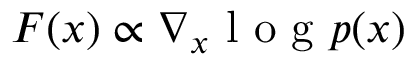
F ( x ) \propto \nabla _ { x } \textrm { l o g } p ( x )